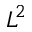
L ^ { 2 }